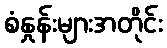
စံနှုန်းများအတိုင်း